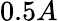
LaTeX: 0.5A